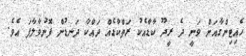
ހެއިޓިންގާއަށް ވަނީ ދެ ރީދޫ ކާޑާއެކު ރަތްކާޑެއް ދައްކާ ދަނޑުން ފޮނުވާލާފަ އެވެ.